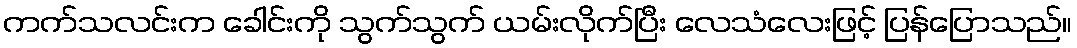
ကက်သလင်းက ခေါင်းကို သွက်သွက် ယမ်းလိုက်ပြီး လေသံလေးဖြင့် ပြန်ပြောသည်။